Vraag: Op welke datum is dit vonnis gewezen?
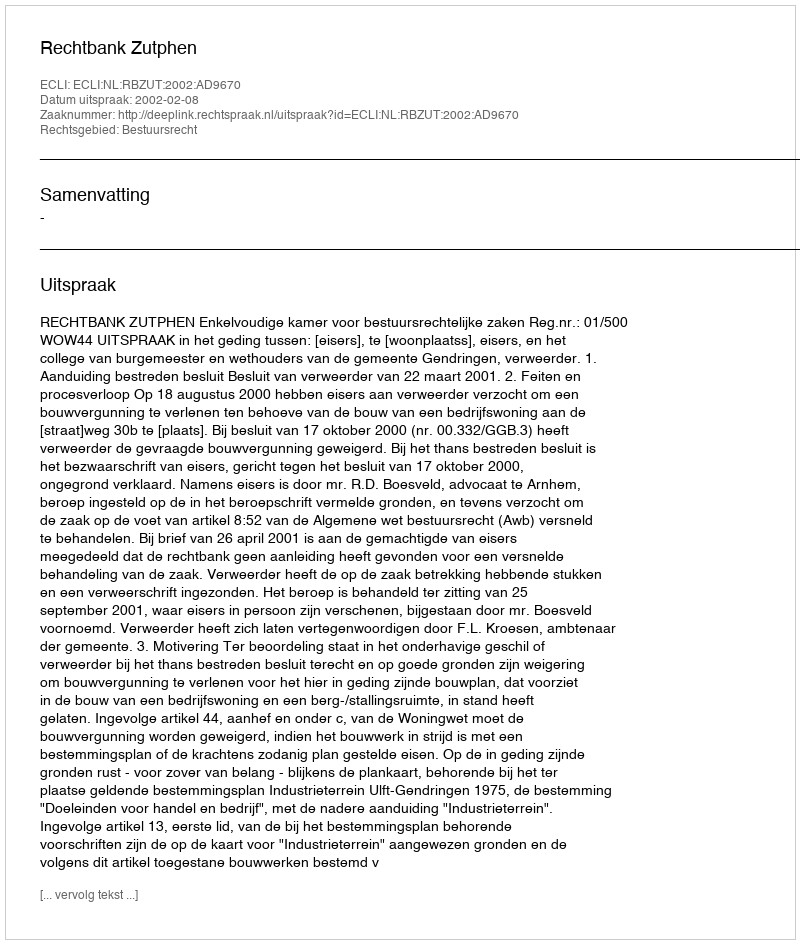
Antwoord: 2002-02-08